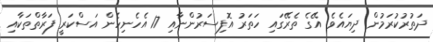
ދަތުރުކުރަމުން ދިޔައެވެ. އޭގެ ތެރޭގައި ހަތަރު އޮފިސަރުންނާއި 17 އެހެނިހެން އަސްކަރީ ފަރާތްތަކާއި